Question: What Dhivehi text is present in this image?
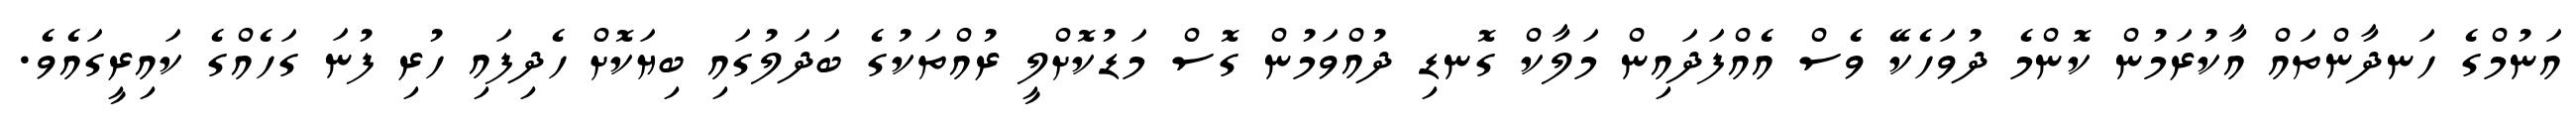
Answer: އަނުމްގެ ހަނދާންތައް އާކުރަމުން ކޮންމެ ދުވަހެކޭ ވެސް އެއްފަދައިން މަލާކް ގޮނޑި ދުއްވަމުން ގޮސް މަޑުކޮށްލީ ރުއްތަކުގެ ބަދަލުގައި ބިޔަކޮށް ހެދިފައި ހުރި ފުނަ ގަހެއްގެ ކައިރީގައެވެ.